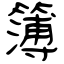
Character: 簿